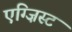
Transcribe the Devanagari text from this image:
एग्ज़िस्ट